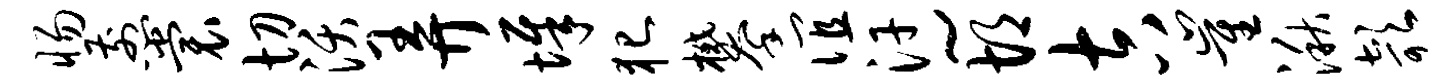
惕煎裳切沃弄墀犯攀谊汗~胡吉崔湫欹